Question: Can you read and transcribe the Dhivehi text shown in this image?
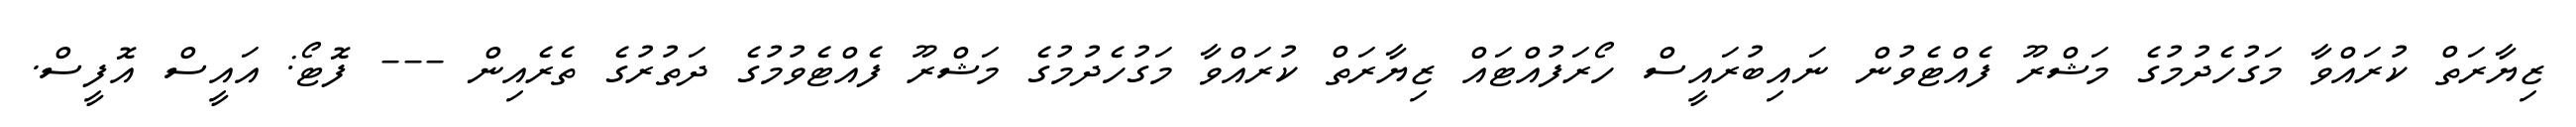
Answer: ޒިޔާރަތް ކުރައްވާ މަގުހެދުމުގެ މަޝްރޫ ފެއްޓެވުން ނައިބުރައީސް ހޯރަފުއްޓައް ޒިޔާރަތް ކުރައްވާ މަގުހެދުމުގެ މަޝްރޫ ފެއްޓެވުމުގެ ދަތުރުގެ ތެރެއިން --- ފޮޓޯ: އައީސް އޮފީސް.